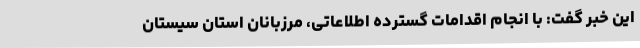
این خبر گفت: با انجام اقدامات گسترده اطلاعاتی، مرزبانان استان سیستان